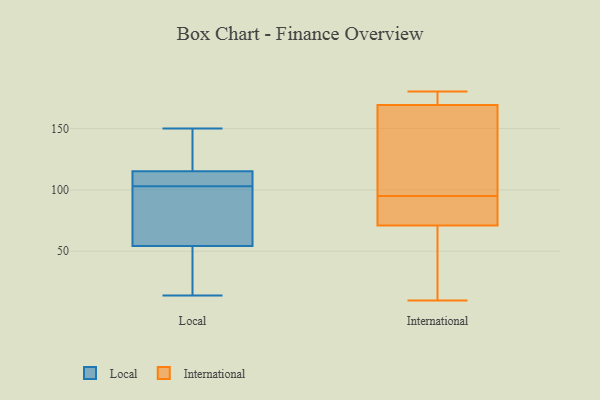
{"axis": {"x": "Market Share (%)", "y": "Value"}, "legend": ["International", "Local"], "data": [{"x": "", "y": 20, "type": "Local"}, {"x": "", "y": 44, "type": "Local"}, {"x": "", "y": 81, "type": "Local"}, {"x": "", "y": 150, "type": "Local"}, {"x": "", "y": 103, "type": "Local"}, {"x": "", "y": 132, "type": "Local"}, {"x": "", "y": 103, "type": "Local"}, {"x": "", "y": 107, "type": "Local"}, {"x": "", "y": 79, "type": "Local"}, {"x": "", "y": 104, "type": "Local"}, {"x": "", "y": 14, "type": "Local"}, {"x": "", "y": 118, "type": "Local"}, {"x": "", "y": 97, "type": "Local"}, {"x": "", "y": 118, "type": "Local"}, {"x": "", "y": 46, "type": "Local"}, {"x": "", "y": 10, "type": "International"}, {"x": "", "y": 154, "type": "International"}, {"x": "", "y": 174, "type": "International"}, {"x": "", "y": 87, "type": "International"}, {"x": "", "y": 77, "type": "International"}, {"x": "", "y": 174, "type": "International"}, {"x": "", "y": 42, "type": "International"}, {"x": "", "y": 69, "type": "International"}, {"x": "", "y": 152, "type": "International"}, {"x": "", "y": 95, "type": "International"}, {"x": "", "y": 180, "type": "International"}]}